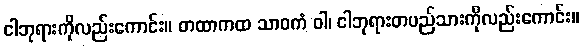
ငါဘုရားကိုလည်းကောင်း။ တထာကထ သာဝကံ ဝါ၊ ငါဘုရားတပည်သားကိုလည်းကောင်း။